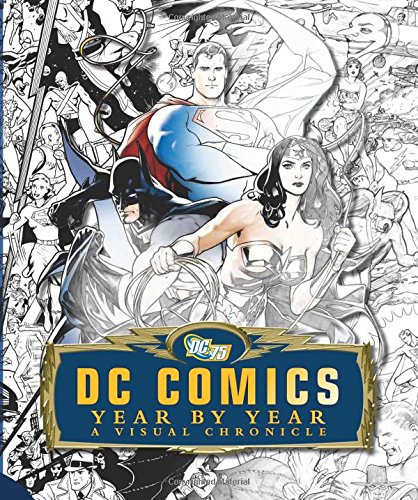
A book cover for DC Comics Year by Year: A Visual Chronicle; Daniel Wallace; Comics & Graphic Novels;